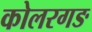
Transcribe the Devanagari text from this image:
कोलरगङ